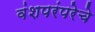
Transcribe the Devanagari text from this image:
वंशपरंपरेचे